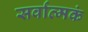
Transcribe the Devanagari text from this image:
सर्वात्मकं